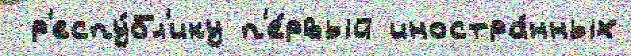
 р'еспу́бл'ику п'е́рвый иностра́нных